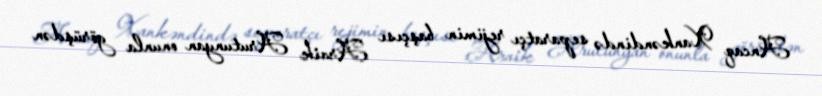
Ancaq Xankəndində separatçı rejimin başçısı Araik Arutunyan onunla görüşdən